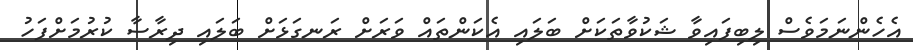
އެހެންނަމަވެސް ލިބިފައިވާ ޝަކުވާތަކަށް ބަލައި އެކަންތައް ވަރަށް ރަނގަޅަށް ބަލައި ދިރާސާ ކުރުމަށްފަހު